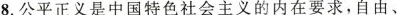
8.公平正义是中国特色社会主义的内在要求，自由、